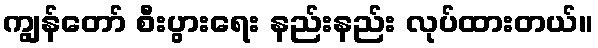
ကျွန်တော် စီးပွားရေး နည်းနည်း လုပ်ထားတယ်။